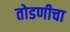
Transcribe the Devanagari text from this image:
तोडणीचा